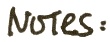
NOTES: